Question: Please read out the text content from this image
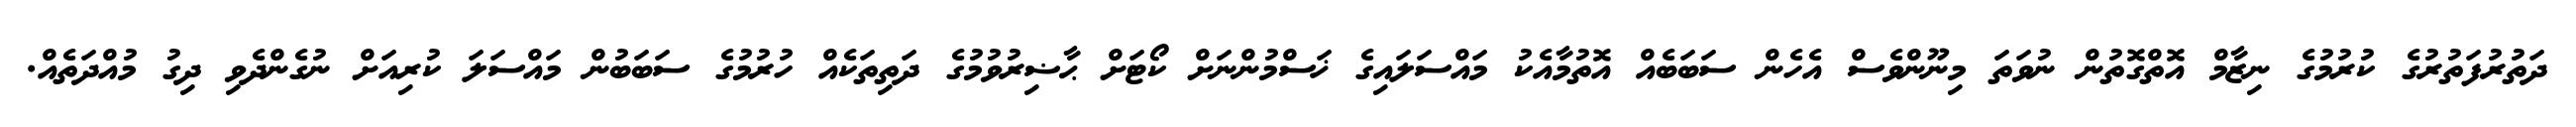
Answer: ދަތުރުފަތުރުގެ ކުރުމުގެ ނިޒާމް އޮތްގޮތުން ނުވަތަ މިނޫންވެސް އެހެން ސަބަބެއް އޮތުމާއެކު މައްސަލައިގެ ޚަސްމުންނަށް ކޯޓަށް ޙާޟިރުވުމުގެ ދަތިތަކެއް ހުރުމުގެ ސަބަބުން މައްސަލަ ކުރިއަށް ނުގެންދެވި ދިގު މުއްދަތެއް.